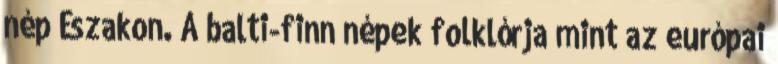
nép Északon. A balti-finn népek folklórja mint az európai